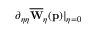
\partial _ { \eta \eta } \overline { { \mathbf { W } } } _ { \eta } ( \mathbf { p } ) \vert _ { \eta = 0 }